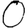
Digit: 0